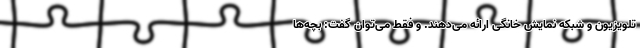
تلویزیون و شبکه نمایش خانگی ارائه می‌دهند. و فقط می‌توان گفت: بچه‌ها